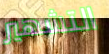
التشهير